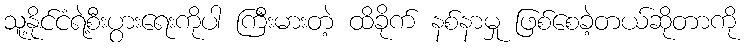
သူ့နိုင်ငံရဲ့စီးပွားရေးကိုပါ ကြီးမားတဲ့ ထိခိုက် နစ်နာမှု ဖြစ်စေခဲ့တယ်ဆိုတာကို